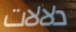
دلالات